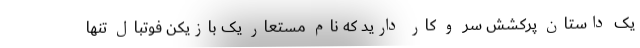
یک داستان پرکشش سر و کار دارید که نام مستعار یک بازیکن فوتبال تنها